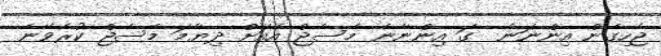
ޖެހިގެން އިންނަނެ  ގަ އިންނާނެ މެސެޖް އެއަށް ދިޔާމަ މެސެޖް ކުރެވޭނެ